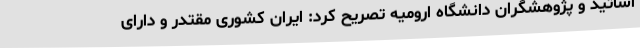
اساتید و پژوهشگران دانشگاه ارومیه تصریح کرد: ایران کشوری مقتدر و دارای